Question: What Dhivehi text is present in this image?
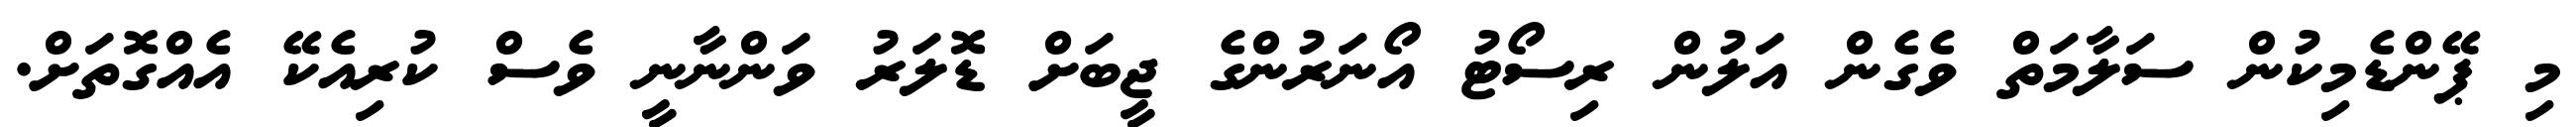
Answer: މި ޕޭންޑެމިކުން ސަލާމަތް ވެގެން އަލުން ރިސޯޓު އޯނަރުންގެ ޖީބަށް ޑޮލަރު ވަންނާނީ ވެސް ކުރިއެކޭ އެއްގޮތަށް.